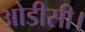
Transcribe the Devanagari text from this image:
ओडीसी।